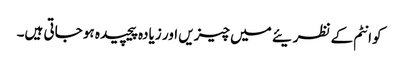
کوانٹم کے نظریئے میں چیزیں اور زیادہ پیچیدہ ہو جاتی ہیں۔